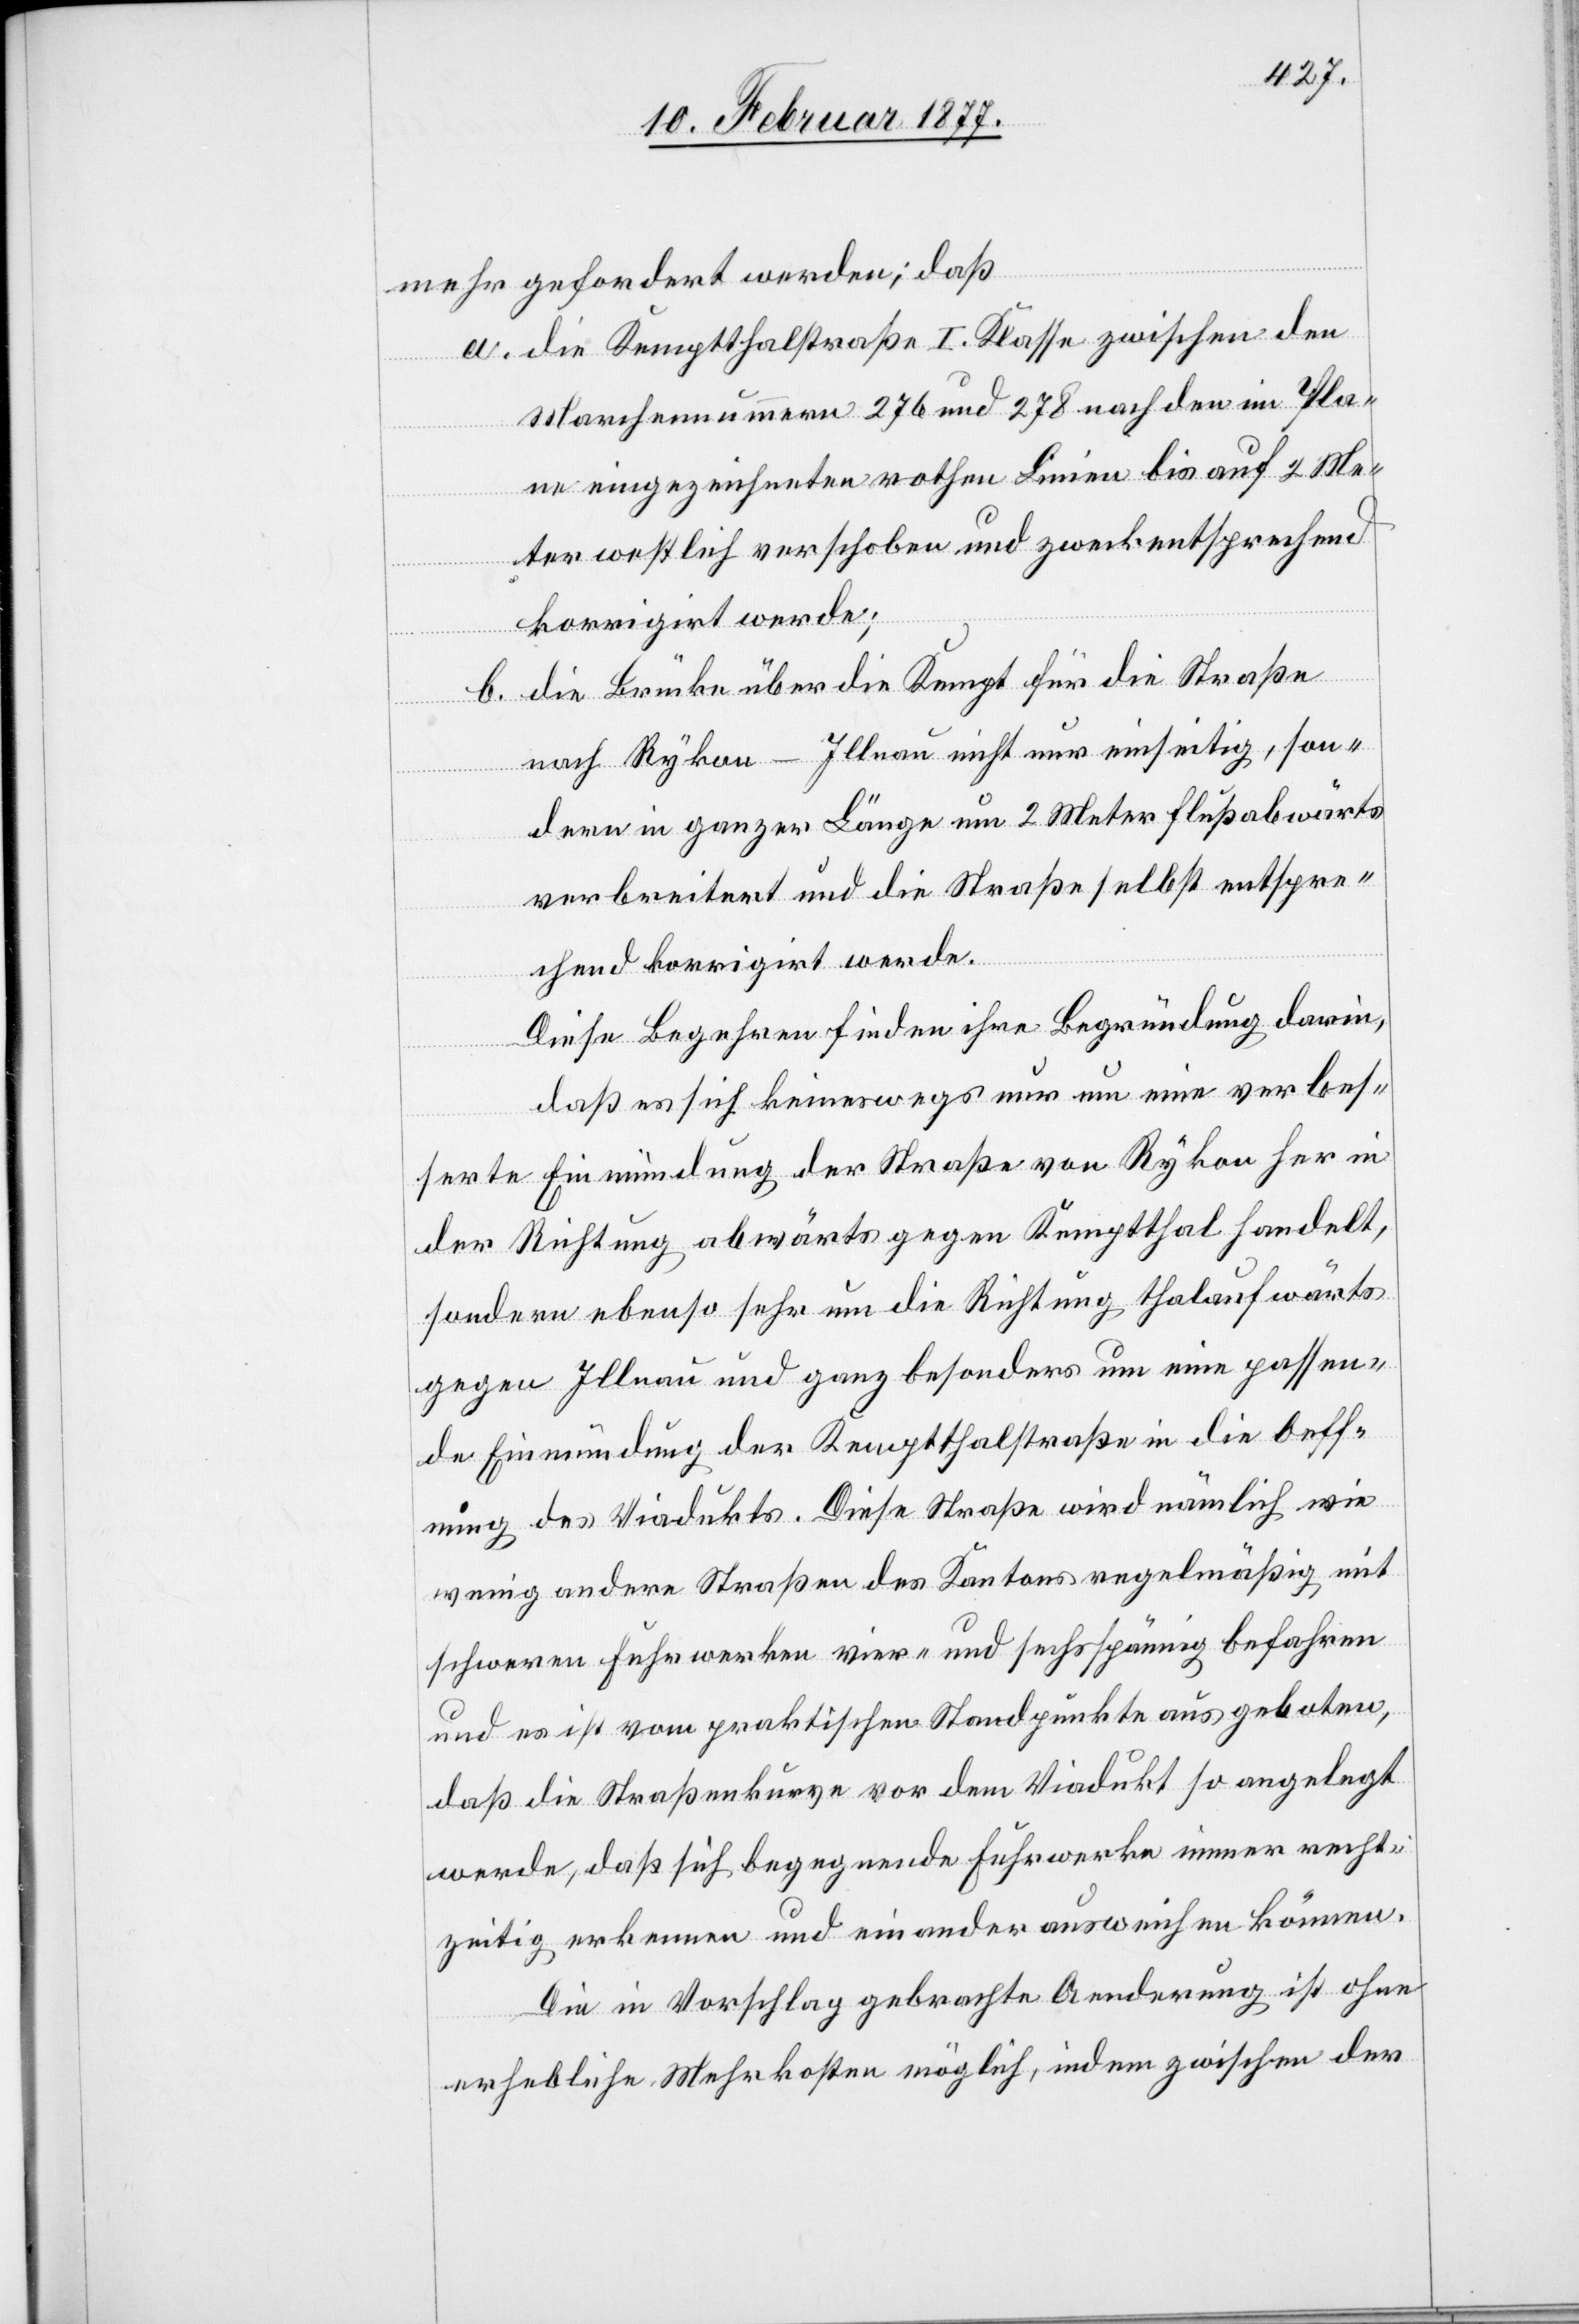
mehr gefordert werden; daß
a. die Kemptthalstraße I. Klasse zwischen den
Marchennummern 276 und 278 nach den im Pla¬
ne eingezeichneten rothen Linien bis auf 2 Me¬
ter westlich verschoben und zweckentsprechend
korrigirt werde;
b. die Brücke über die Kempt für die Straße
nach Rykon - Illnau nicht nur einseitig, son¬
dern in ganzer Länge um 2 Meter flußabwärts
verbreitert und die Straße selbst entspre¬
chend korrigirt werde.
Diese Begehren finden ihre Begründung darin,
daß es sich keineswegs nur um eine verbes¬
serte Einmündung der Straße von Rykon her in
der Richtung abwärts gegen Kemptthal handelt,
sondern ebenso sehr um die Richtung thalaufwärts
gegen Illnau und ganz besonders um eine passen¬
de Einmündung der Kemptthalstraße in die Oeff¬
nung des Viadukts. Diese Straße wird nämlich wie
wenig andere Straßen des Kantons regelmäßig mit
schweren Fuhrwerken vier- und sechsspännig befahren
und es ist vom praktischen Standpunkte aus geboten,
daß die Straßenkurve vor dem Viadukt so angelegt
werde, daß sich begegnende Fuhrwerke immer recht¬
zeitig erkennen und einander ausweichen können.
Die in Vorschlag gebrachte Aenderung ist ohne
erhebliche Mehrkosten möglich, indem zwischen der